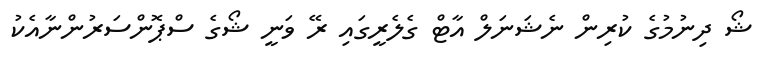
ޝޯ ދިނުމުގެ ކުރިން ނެޝަނަލް އާޓް ގެލެރީގައި ރޭ ވަނީ ޝޯގެ ސްޕޮންސަރުންނާއެކު